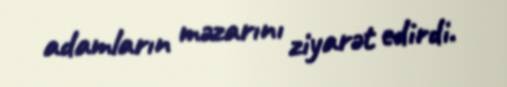
adamların məzarını ziyarət edirdi.